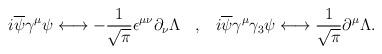
LaTeX: \begin{align*}i \overline{\psi}\gamma^{\mu}\psi \longleftrightarrow - \frac {1}{\sqrt{\pi}}\epsilon ^ {\mu \nu}\partial_{\nu}\Lambda \;\;\; , \;\;\; i \overline{\psi}\gamma^{\mu}\gamma_{3}\psi \longleftrightarrow\frac {1}{\sqrt{\pi}}\partial^{\mu}\Lambda.\end{align*}